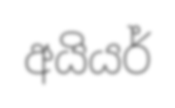
අයියර්